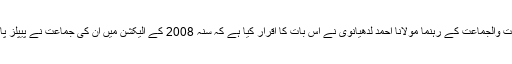
جب ان سے پیپلز پارٹی کے کالعدم تنظیموں سے تعلق کا سوال کیا گیا تو ان کا کہنا تھا کہ اہلسنت والجماعت کے رہنما مولانا احمد لدھیانوی نے اس بات کا اقرار کیا ہے کہ سنہ 2008 کے الیکشن میں ان کی جماعت نے پیپلز پارٹی کے 18 امیدواروں کی حمایت کی تھی ’ان میں قمر زمان کائرہ جیسے بڑے نام بھی تھے۔